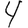
Digit: 4